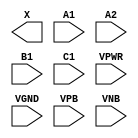
module sky130_fd_sc_ms__a211o (
    X   ,
    A1  ,
    A2  ,
    B1  ,
    C1  ,
    VPWR,
    VGND,
    VPB ,
    VNB
);

    output X   ;
    input  A1  ;
    input  A2  ;
    input  B1  ;
    input  C1  ;
    input  VPWR;
    input  VGND;
    input  VPB ;
    input  VNB ;
endmodule